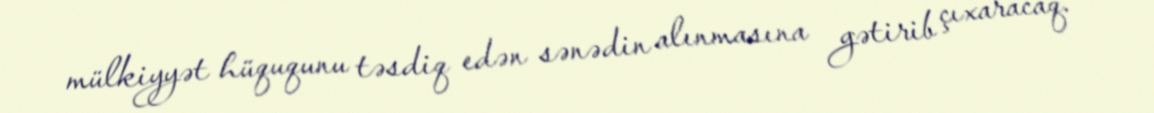
mülkiyyət hüququnu təsdiq edən sənədin alınmasına gətirib çıxaracaq.